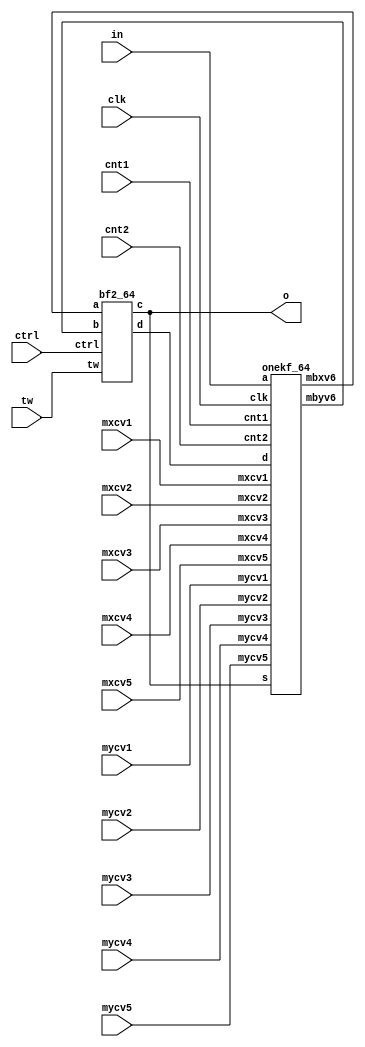
module sdf_fft_64pt(in,clk,tw,cnt1,cnt2,mxcv1,mxcv2,mxcv3,mxcv4,mxcv5,mycv1,mycv2,mycv3,mycv4,mycv5,ctrl,o);

input [31:0]in;
input [19:0]tw;
input clk,cnt1,cnt2,mxcv1,mxcv2,mxcv3,mxcv4,mxcv5,mycv1,mycv2,mycv3,mycv4,mycv5,ctrl;
output [31:0]o;

wire [31:0] s,d,b1,b2;

bf2_64 ob2(b1,b2,ctrl,tw,s,d);
onekf_64 o2(in,s,d,clk,cnt1,cnt2,mxcv1,mxcv2,mxcv3,mxcv4,mxcv5,mycv1,mycv2,mycv3,mycv4,mycv5,b1,b2);

assign o=s;
endmodule
///////////////////////////////////////////////////////////////////////////////////////////////////////////////////////////////////////
module onekf_64( a,s,d,clk,cnt1,cnt2,mxcv1,mxcv2,mxcv3,mxcv4,mxcv5,mycv1,mycv2,mycv3,mycv4,mycv5,mbxv6,mbyv6
    );


input [31:0]a,s,d;
input clk,cnt1,cnt2,mxcv1,mxcv2,mxcv3,mxcv4,mxcv5,mycv1,mycv2,mycv3,mycv4,mycv5;
output [31:0]mbxv6,mbyv6;
 

wire [31:0]m1,m2;
wire [31:0]mxv1,mxv2,mxv3,mxv4,mxv5;

wire [31:0]mbxv1,mbxv2,mbxv3,mbxv4,mbxv5,mbxv6;
wire [31:0]mbyv1,mbyv2,mbyv3,mbyv4,mbyv5,mbyv6;

munit a_ml(d,a,cnt1,m1);
sr_32 b_s32(clk,m1,mbyv1);
munit c_mo(s,mbyv1,cnt2,m2);

sr_16 d_s16(clk,m2,mbxv1);
gunit e_gu1(s,mbxv1,mbyv1,mxcv1,mycv1,mxv1,mbyv2);

sr_8 f_s8(clk,mxv1,mbxv2);
gunit g_gu2(s,mbxv2,mbyv2,mxcv2,mycv2,mxv2,mbyv3);

sr_4 h_s4(clk,mxv2,mbxv3);
gunit i_gu3(s,mbxv3,mbyv3,mxcv3,mycv3,mxv3,mbyv4);

sr_2 j_s2(clk,mxv3,mbxv4);
gunit k_gu4(s,mbxv4,mbyv4,mxcv4,mycv4,mxv4,mbyv5);

sr_1 l_s1a(clk,mxv4,mbxv5);
gunit m_gu5(s,mbxv5,mbyv5,mxcv5,mycv5,mxv5,mbyv6);

sr_1 n_s1b(clk,mxv5,mbxv6);

endmodule
///////////////////////////////////////////////////////////////////////////////////////////////////////////////////////////////////////
module munit( m1,m2,ctrl,mo
    );
     
     input [31:0]m1;
    input [31:0]m2;
     input ctrl;
    output reg [31:0]mo;
     
    always @ (m1 or m2 or ctrl)
    if(ctrl==0)
    mo<=m1;
    else
    mo<=m2;

endmodule

/////////////////////////////////////////////////////////////////////////////////////////////////////////////////////////////////////////////////////
module gunit( a1,b1,c1,mxc,myc,mx,my
    );

input [31:0]a1,b1,c1;
input mxc,myc;
output reg [31:0]mx;
output reg [31:0]my;

    always @ (a1 or b1 or mxc)
    if(mxc==0)
    mx<=a1;
    else
    mx<=b1;
   

    always @ (b1 or c1 or myc)
    if(myc==0)
    my<=b1;
    else
    my<=c1;
endmodule

////////////////////////////////////////////////////////////////////////////////////////////////////////////////////////////////////////////////////
module bf_64( a, b, ctrl, tw, c, d );

input [31:0]a;
input [31:0]b;
input ctrl;
input [19:0]tw;
output reg [31:0]c;
output [31:0]d;
wire [31:0]d1;

always @ (a or b or ctrl)
if(ctrl==0)
begin
c[31:16]<=a[31:16]+b[31:16];
c[15:0]<=a[15:0]+b[15:0];
end
else
c<=a;
assign d1[31:16]=a[31:16]-b[31:16];
assign d1[15:0]=a[15:0]-b[15:0];
assign d[31:16]=d1[31:16]*tw[19:10]-d1[15:0]*tw[9:0];
assign d[15:0]=d1[31:16]*tw[9:0]+d1[15:0]*tw[19:10];

endmodule

////////////////////////////////////////////////////////////////////////////////////////////////////////////////////////////////////////////////////
module bf1_64( a, b, ctrl, tw, c, d );

input [31:0]a;
input [31:0]b;
input ctrl;
input [19:0]tw;
output reg [31:0]c;
output [31:0]d;
wire [31:0]d1;
wire [25:0]d2,d3;

always @ (a or b or ctrl)
if(ctrl==0)
begin
c[31:16]<=a[31:16]+b[31:16];
c[15:0]<=a[15:0]+b[15:0];
end
else
c<=a;
assign d1[31:16]=a[31:16]-b[31:16];
assign d1[15:0]=a[15:0]-b[15:0];
assign d2[25:0]=d1[31:16]*tw[19:10]-d1[15:0]*tw[9:0];
assign d3[25:0]=d1[31:16]*tw[9:0]+d1[15:0]*tw[19:10];
assign d[31:0]={d2[24:9],d3[24:9]};
endmodule

////////////////////////////////////////////////////////////////////////////////////////////////////////////////////////////////////////////////////
module bf2_64( a, b, ctrl, tw, c, d );

input [31:0]a;
input [31:0]b;
input ctrl;
input [19:0]tw;

output reg [31:0]c;
output [31:0]d;
wire [31:0]d1;

always @ (a or b or ctrl)
if(ctrl==0)
begin
c[31:16]<=a[31:16]+b[31:16];
c[15:0]<=a[15:0]+b[15:0];
end
else
c<=a;
assign d1[31:16]=a[31:16]-b[31:16];
assign d1[15:0]=a[15:0]-b[15:0];

mult_tw tw1(d1,tw,d);
endmodule
/////////////////////////////////////////////////////////////////////////////////////////////////////////////////////////////////////////
module mult(x,y,z);
input signed[15:0] x;
input signed[9:0]y;
output signed[25:0] z;

assign z=x*y;
endmodule
/////////////////////////////////////////////////////////////////////////////////////////////////////////////////////////////////////////
module mult_tw(a,tw,z);
input signed[31:0] a;
input signed[19:0]tw;
output signed[31:0] z;
wire [25:0]p1,p2,p3,p4;
wire [26:0]s1,s2;

mult m1(a[31:16],tw[19:10],p1);
mult m2(a[15:0],tw[9:0],p2);
mult m3(a[31:16],tw[9:0],p3);
mult m4(a[15:0],tw[19:10],p4);

assign s1[26:0]=p1-p2;
assign s2[26:0]=p3+p4;
assign z[31:0]={s1[23:8],s2[23:8]};
endmodule
/////////////////////////////////////////////////////////////////////////////////////////////////////////////////////////////////////////////
module sr_32(CLK,DATA_IN,BYTE_OUT
);


input CLK;
input [31:0]DATA_IN;
output [31:0] BYTE_OUT;

reg [31:0] byteShiftReg[31:0];
integer i;

always @ (posedge CLK)
byteShiftReg[0]<=DATA_IN;

always @(posedge CLK)
begin

for(i=1;i<32;i=i+1)
byteShiftReg[i] <= byteShiftReg[i-1];
end
 
assign BYTE_OUT = byteShiftReg[31];

endmodule

////////////////////////////////////////////////////////////////////////////////////////////////////////////////////////////////////////////////

module sr_16(CLK,DATA_IN,BYTE_OUT
);


input CLK;
input [31:0]DATA_IN;
output [31:0] BYTE_OUT;


reg [31:0] byteShiftReg[15:0];
integer i;

always @ (posedge CLK)
byteShiftReg[0]<=DATA_IN;

always @(posedge CLK)
begin

for(i=1;i<16;i=i+1)
byteShiftReg[i] <= byteShiftReg[i-1];
end
 
assign BYTE_OUT = byteShiftReg[15];

endmodule

////////////////////////////////////////////////////////////////////////////////////////////////////////////////////////////////////////////

module sr_8(CLK,DATA_IN,BYTE_OUT
);


input CLK;
input [31:0]DATA_IN;
output [31:0] BYTE_OUT;


reg [31:0] byteShiftReg[7:0];
integer i;

always @ (posedge CLK)
byteShiftReg[0]<=DATA_IN;

always @(posedge CLK)
begin

for(i=1;i<8;i=i+1)
byteShiftReg[i] <= byteShiftReg[i-1];
end
 
assign BYTE_OUT = byteShiftReg[7];

endmodule

///////////////////////////////////////////////////////////////////////////////////////////////////////////////////////////////////////////

////////////////////////////////////////////////////////////////////////////////////////////////////////////////////////////////////////////////////
module sr_4(CLK,DATA_IN,BYTE_OUT
);


input CLK;
input [31:0]DATA_IN;
output [31:0] BYTE_OUT;


reg [31:0] byteShiftReg[3:0];
integer i;

always @ (posedge CLK)
byteShiftReg[0]<=DATA_IN;

always @(posedge CLK)
begin

for(i=1;i<4;i=i+1)
byteShiftReg[i] <= byteShiftReg[i-1];
end
 
assign BYTE_OUT = byteShiftReg[3];

endmodule


///////////////////////////////////////////////////////////////////////////////////////////////////////////////////////////////////////////////


module sr_2(CLK,DATA_IN,BYTE_OUT
);


input CLK;
input [31:0]DATA_IN;
output [31:0] BYTE_OUT;

reg [31:0] byteShiftReg[1:0];
integer i;

always @ (posedge CLK)
byteShiftReg[0]<=DATA_IN;

always @(posedge CLK)
begin

for(i=1;i<2;i=i+1)
byteShiftReg[i] <= byteShiftReg[i-1];
end
 
assign BYTE_OUT = byteShiftReg[1];

endmodule

////////////////////////////////////////////////////////////////////////////////////////////////////////////////////////////////////////////////

module sr_1(CLK,DATA_IN,BYTE_OUT
);


input CLK;
input [31:0]DATA_IN;
output [31:0] BYTE_OUT;

reg [31:0] byteShiftReg;


always @ (posedge CLK)
byteShiftReg<=DATA_IN;

 
assign BYTE_OUT = byteShiftReg;

endmodule
//////////////////////////////////////////////////////////////////////////////////////////////////////////////////////////////////////////////////////